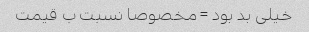
خیلی بد بود = مخصوصا نسبت ب قیمت